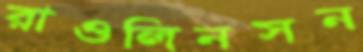
রাওলিনসন